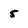
Character: 5